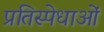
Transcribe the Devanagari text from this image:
प्रतिस्पेधाओं